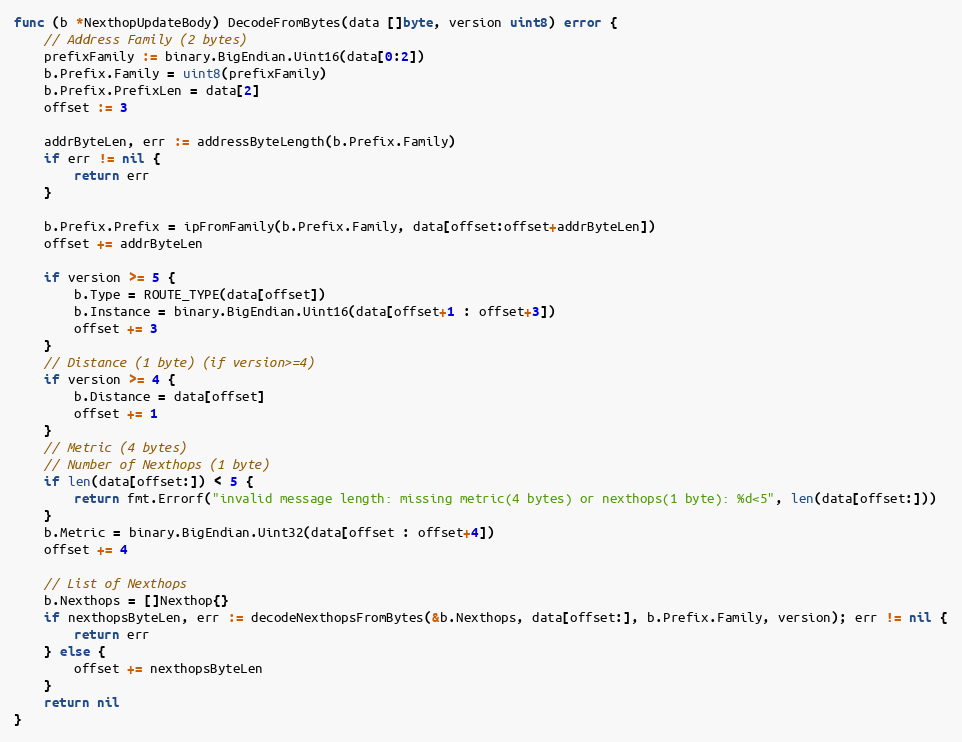
Language: Go
func (b *NexthopUpdateBody) DecodeFromBytes(data []byte, version uint8) error {
	// Address Family (2 bytes)
	prefixFamily := binary.BigEndian.Uint16(data[0:2])
	b.Prefix.Family = uint8(prefixFamily)
	b.Prefix.PrefixLen = data[2]
	offset := 3

	addrByteLen, err := addressByteLength(b.Prefix.Family)
	if err != nil {
		return err
	}

	b.Prefix.Prefix = ipFromFamily(b.Prefix.Family, data[offset:offset+addrByteLen])
	offset += addrByteLen

	if version >= 5 {
		b.Type = ROUTE_TYPE(data[offset])
		b.Instance = binary.BigEndian.Uint16(data[offset+1 : offset+3])
		offset += 3
	}
	// Distance (1 byte) (if version>=4)
	if version >= 4 {
		b.Distance = data[offset]
		offset += 1
	}
	// Metric (4 bytes)
	// Number of Nexthops (1 byte)
	if len(data[offset:]) < 5 {
		return fmt.Errorf("invalid message length: missing metric(4 bytes) or nexthops(1 byte): %d<5", len(data[offset:]))
	}
	b.Metric = binary.BigEndian.Uint32(data[offset : offset+4])
	offset += 4

	// List of Nexthops
	b.Nexthops = []Nexthop{}
	if nexthopsByteLen, err := decodeNexthopsFromBytes(&b.Nexthops, data[offset:], b.Prefix.Family, version); err != nil {
		return err
	} else {
		offset += nexthopsByteLen
	}
	return nil
}